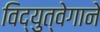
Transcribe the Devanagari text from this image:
विद्युत्‍वेगाने